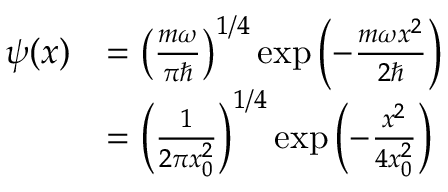
{ \begin{array} { r l } { \psi ( x ) } & { = \left( { \frac { m \omega } { \pi \hbar } } \right) ^ { 1 / 4 } \exp { \left( - { \frac { m \omega x ^ { 2 } } { 2 \hbar } } \right) } } \\ & { = \left( { \frac { 1 } { 2 \pi x _ { 0 } ^ { 2 } } } \right) ^ { 1 / 4 } \exp { \left( - { \frac { x ^ { 2 } } { 4 x _ { 0 } ^ { 2 } } } \right) } } \end{array} }